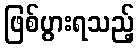
ဖြစ်ပွားရသည့်